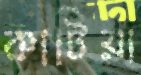
কাটিয়া